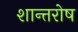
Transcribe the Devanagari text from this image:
शान्तरोष